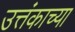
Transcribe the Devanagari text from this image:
उत्तंकाच्या